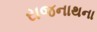
રાજનાથના